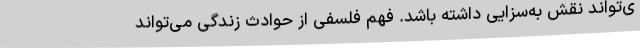
ی‌تواند نقش به‌سزایی داشته باشد. فهم فلسفی از حوادث زندگی می‌تواند